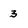
Character: 3